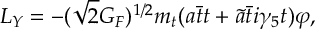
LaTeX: { \cal L } _ { Y } = - ( \sqrt { 2 } G _ { F } ) ^ { 1 / 2 } m _ { t } ( a \bar { t } t + \tilde { a } \bar { t } i \gamma _ { 5 } t ) \varphi ,